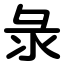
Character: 彔